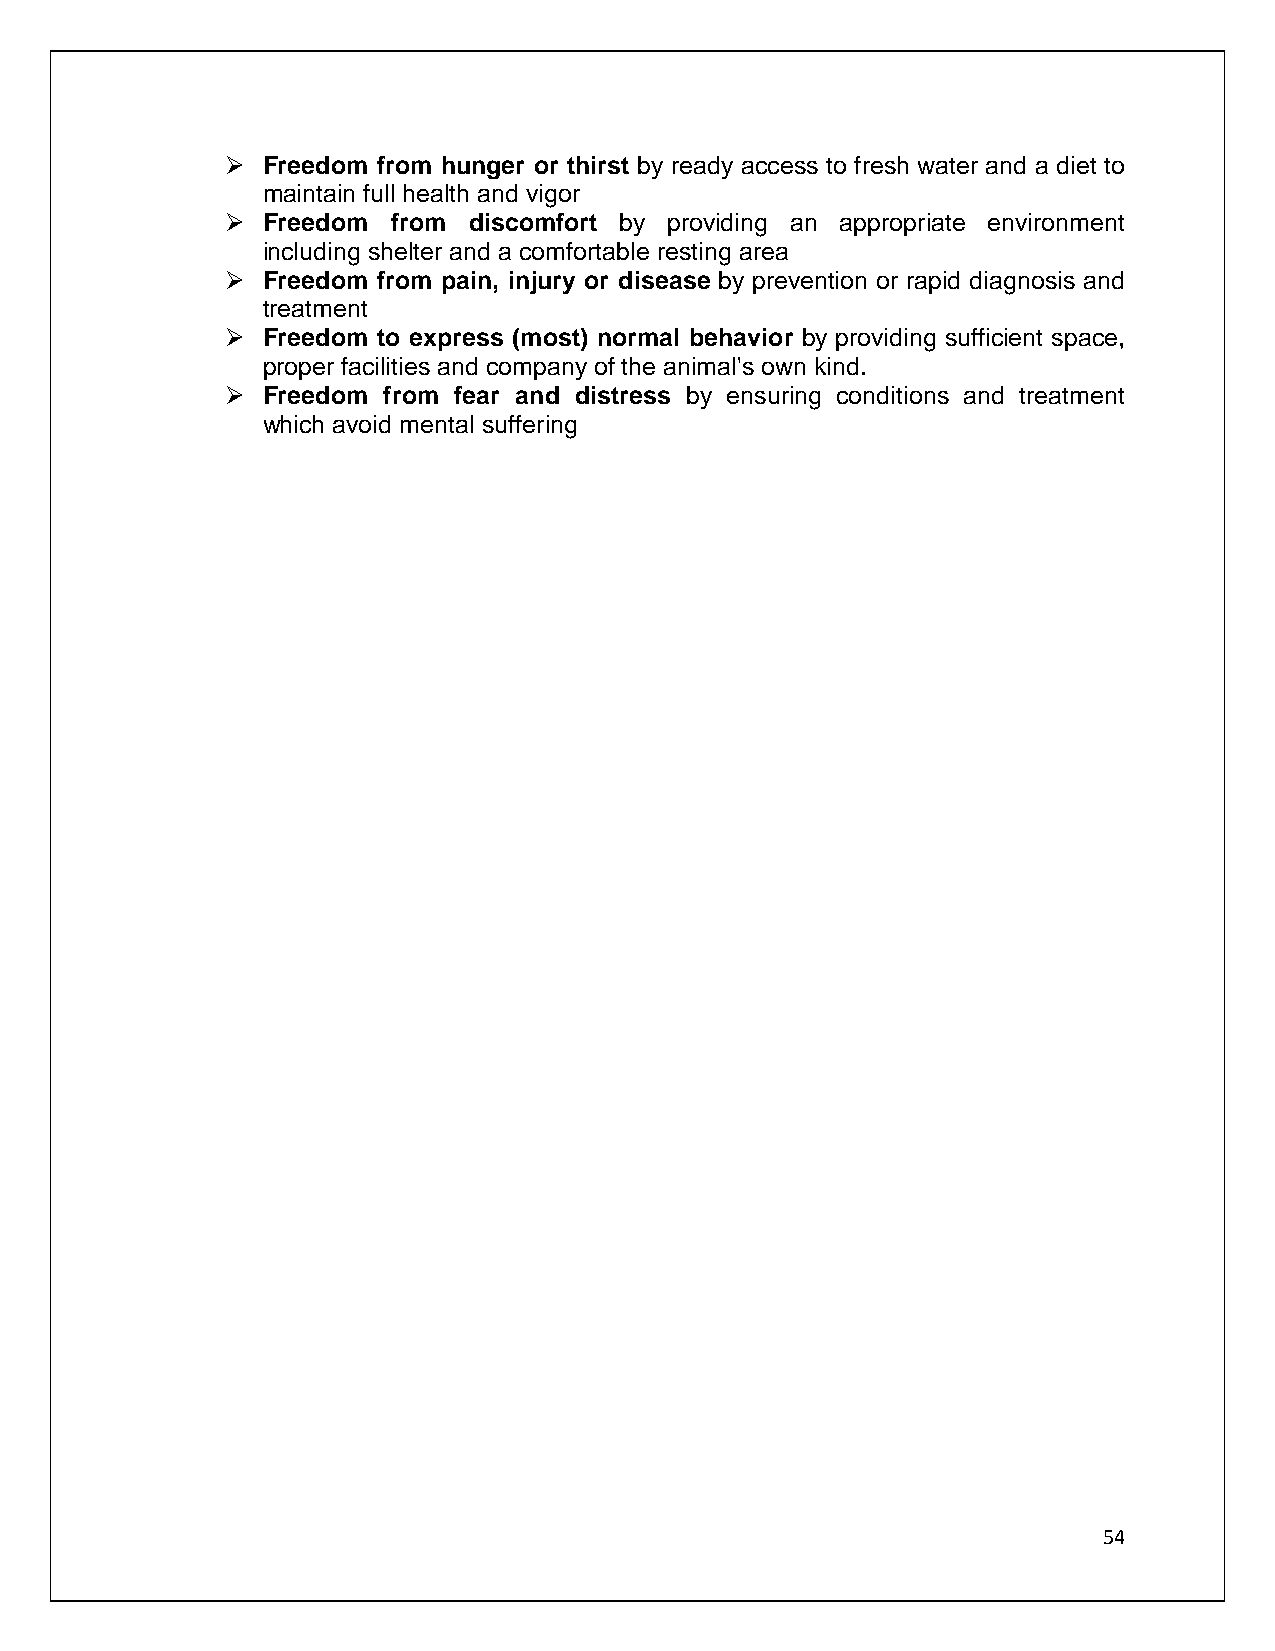
➢ Freedom from hunger or thirst by ready access to fresh water and a diet to
 maintain full health and vigor
 ➢ Freedom  from discomfort by providing an appropriate environment
 including shelter and a comfortable resting area
 ➢ Freedom from pain, injury or disease by prevention or rapid diagnosis and
 treatment
 ➢ Freedom to express (most) normal behavior by providing sufficient space,
 proper facilities and company of the animal's own kind.
 ➢ Freedom from fear and distress by ensuring conditions and treatment
 which avoid mental suffering
 54